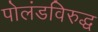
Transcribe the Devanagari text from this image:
पोलंडविरुद्ध